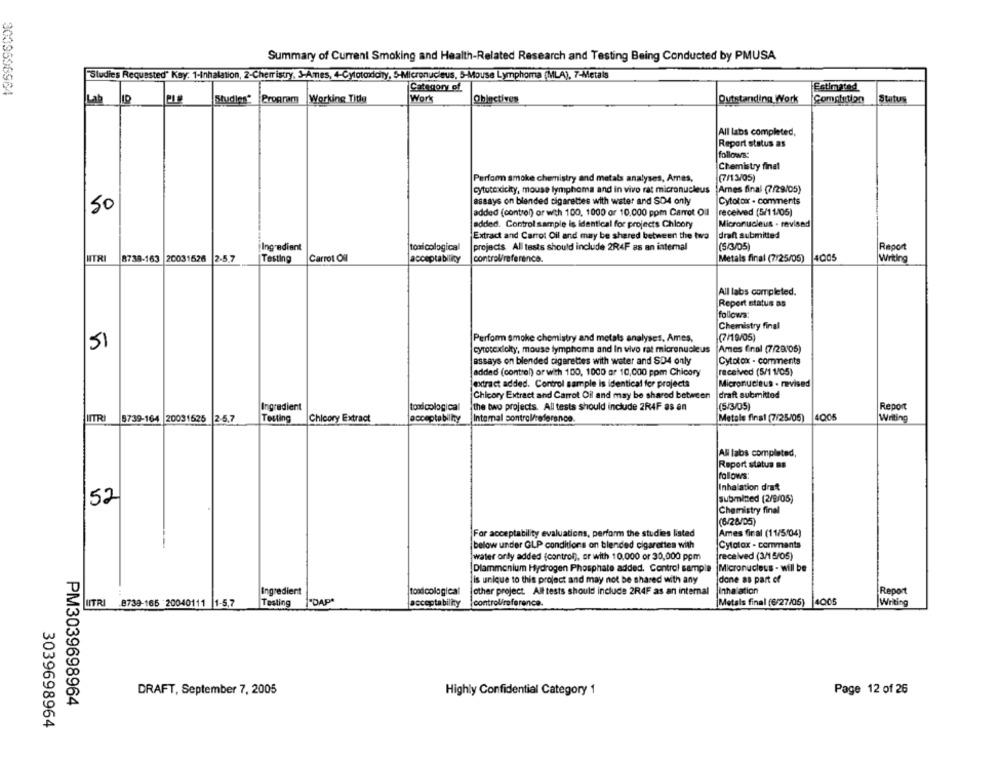
Summary of Current Smoking and Health-Related Research and Testing Being Conducted by PMUSA
"Studies Requested" Key: 1-Inhalation, 2-Cherristry, 3-Ames, 4-Cytotoxicity, 5-Micronucleus, 5-Mouse Lymphoma (MLA), 7-Metals
Category of
Estimated
Studies Program
Working Title
Work
Ohlactives
Outstanding Work
Completion
Status
Lah
All labs completed,
Report status as
follows:
Chemistry final
Perform smoke chemistry and metals analyses, Ames,
(7/13/05)
cytotodicky, mouse lymphoma and in vivo rat micronucleus
Ames final (7/29/05)
assays on blended cigarettes with water and SD4 only
Cytotox - comments
50
added (control) or with 100, 1000 or 10,000 ppm Carrot Oul
received (5/11/05)
added. Control sample is identical for projects Chicory
Micronucleus . revisad
Extract and Carrot Oil and may be shared between the two
draft submitted
Ingredient
toxicological
projects All tests should include 2R4F as an internal
(5/3/05)
Report
NTR
8739-163
20031526 2-5.7
Testing
Carrot Oil
control/reference.
Metals final (7/25/05)
4005
Writing
All labs completed.
Report status as
follows:
Chemistry final
Perform smoke chemistry and metals analyses. Ames,
(7/19/05)
SI
cyrotexdelty, mouse lymphoma and In vivo rat micronucleus
Ames final (7/29/05)
assays on blended cigarettes with water and SD4 only
Cytotox - comments
added (control) or with 100, 1000 ar 10,000 ppm Chicory
received (5/1 1/05)
extract added. Control sample is identical for projects
Micronucleus . revised
Chicory Extract and Carrot Oil and may be shared between
draft submitted
Ingredient
toodcological
the two projects. All tests should include 2R4F as an
(5/3/05)
Report
MITR
B739-164 20031525 2-5.7
Testing
Chicory Extract
accepte billy
Internal control/reference
Metals final (7/25/05)
4005
Writing
All labs completed,
Report status as
follows:
Inhalation drat
52
submined (2/9/05)
Chemistry final
(6/28/05)
For acceptability evaluations, perform the studies listed
Ames final (11/5/04)
below under GLP conditions on blended cigarettes with
Cytotox - commants
[water only added (control), or with 10,000 or 30,000 ppm
received (3/15/05)
Dlammonium Hydrogen Phosphate added. Control sample Micronucleus - will be
done as part of
is unique to this project and may not be shared with any
Ingredient
toodcological
other project. Allt tests should include 2R4F as an internal
inhalation
Report
Testing
İ-DAPA
acceptability
control/reference.
Metals final (6/27/06)
4005
Writing
LITRI 8739-165 20040111 1-5,7
DRAFT, September 7, 2005
Highly Confidential Category 1
Page 12 of 26
PM3039698964
3039698964